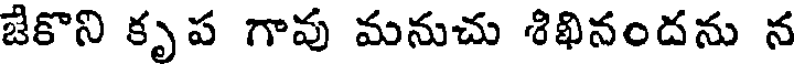
జేకొని కృప గావు మనుచు శిఖినందను న